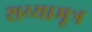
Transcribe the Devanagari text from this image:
शय्यामूत्र